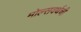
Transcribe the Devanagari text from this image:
मोल्सवर्थची